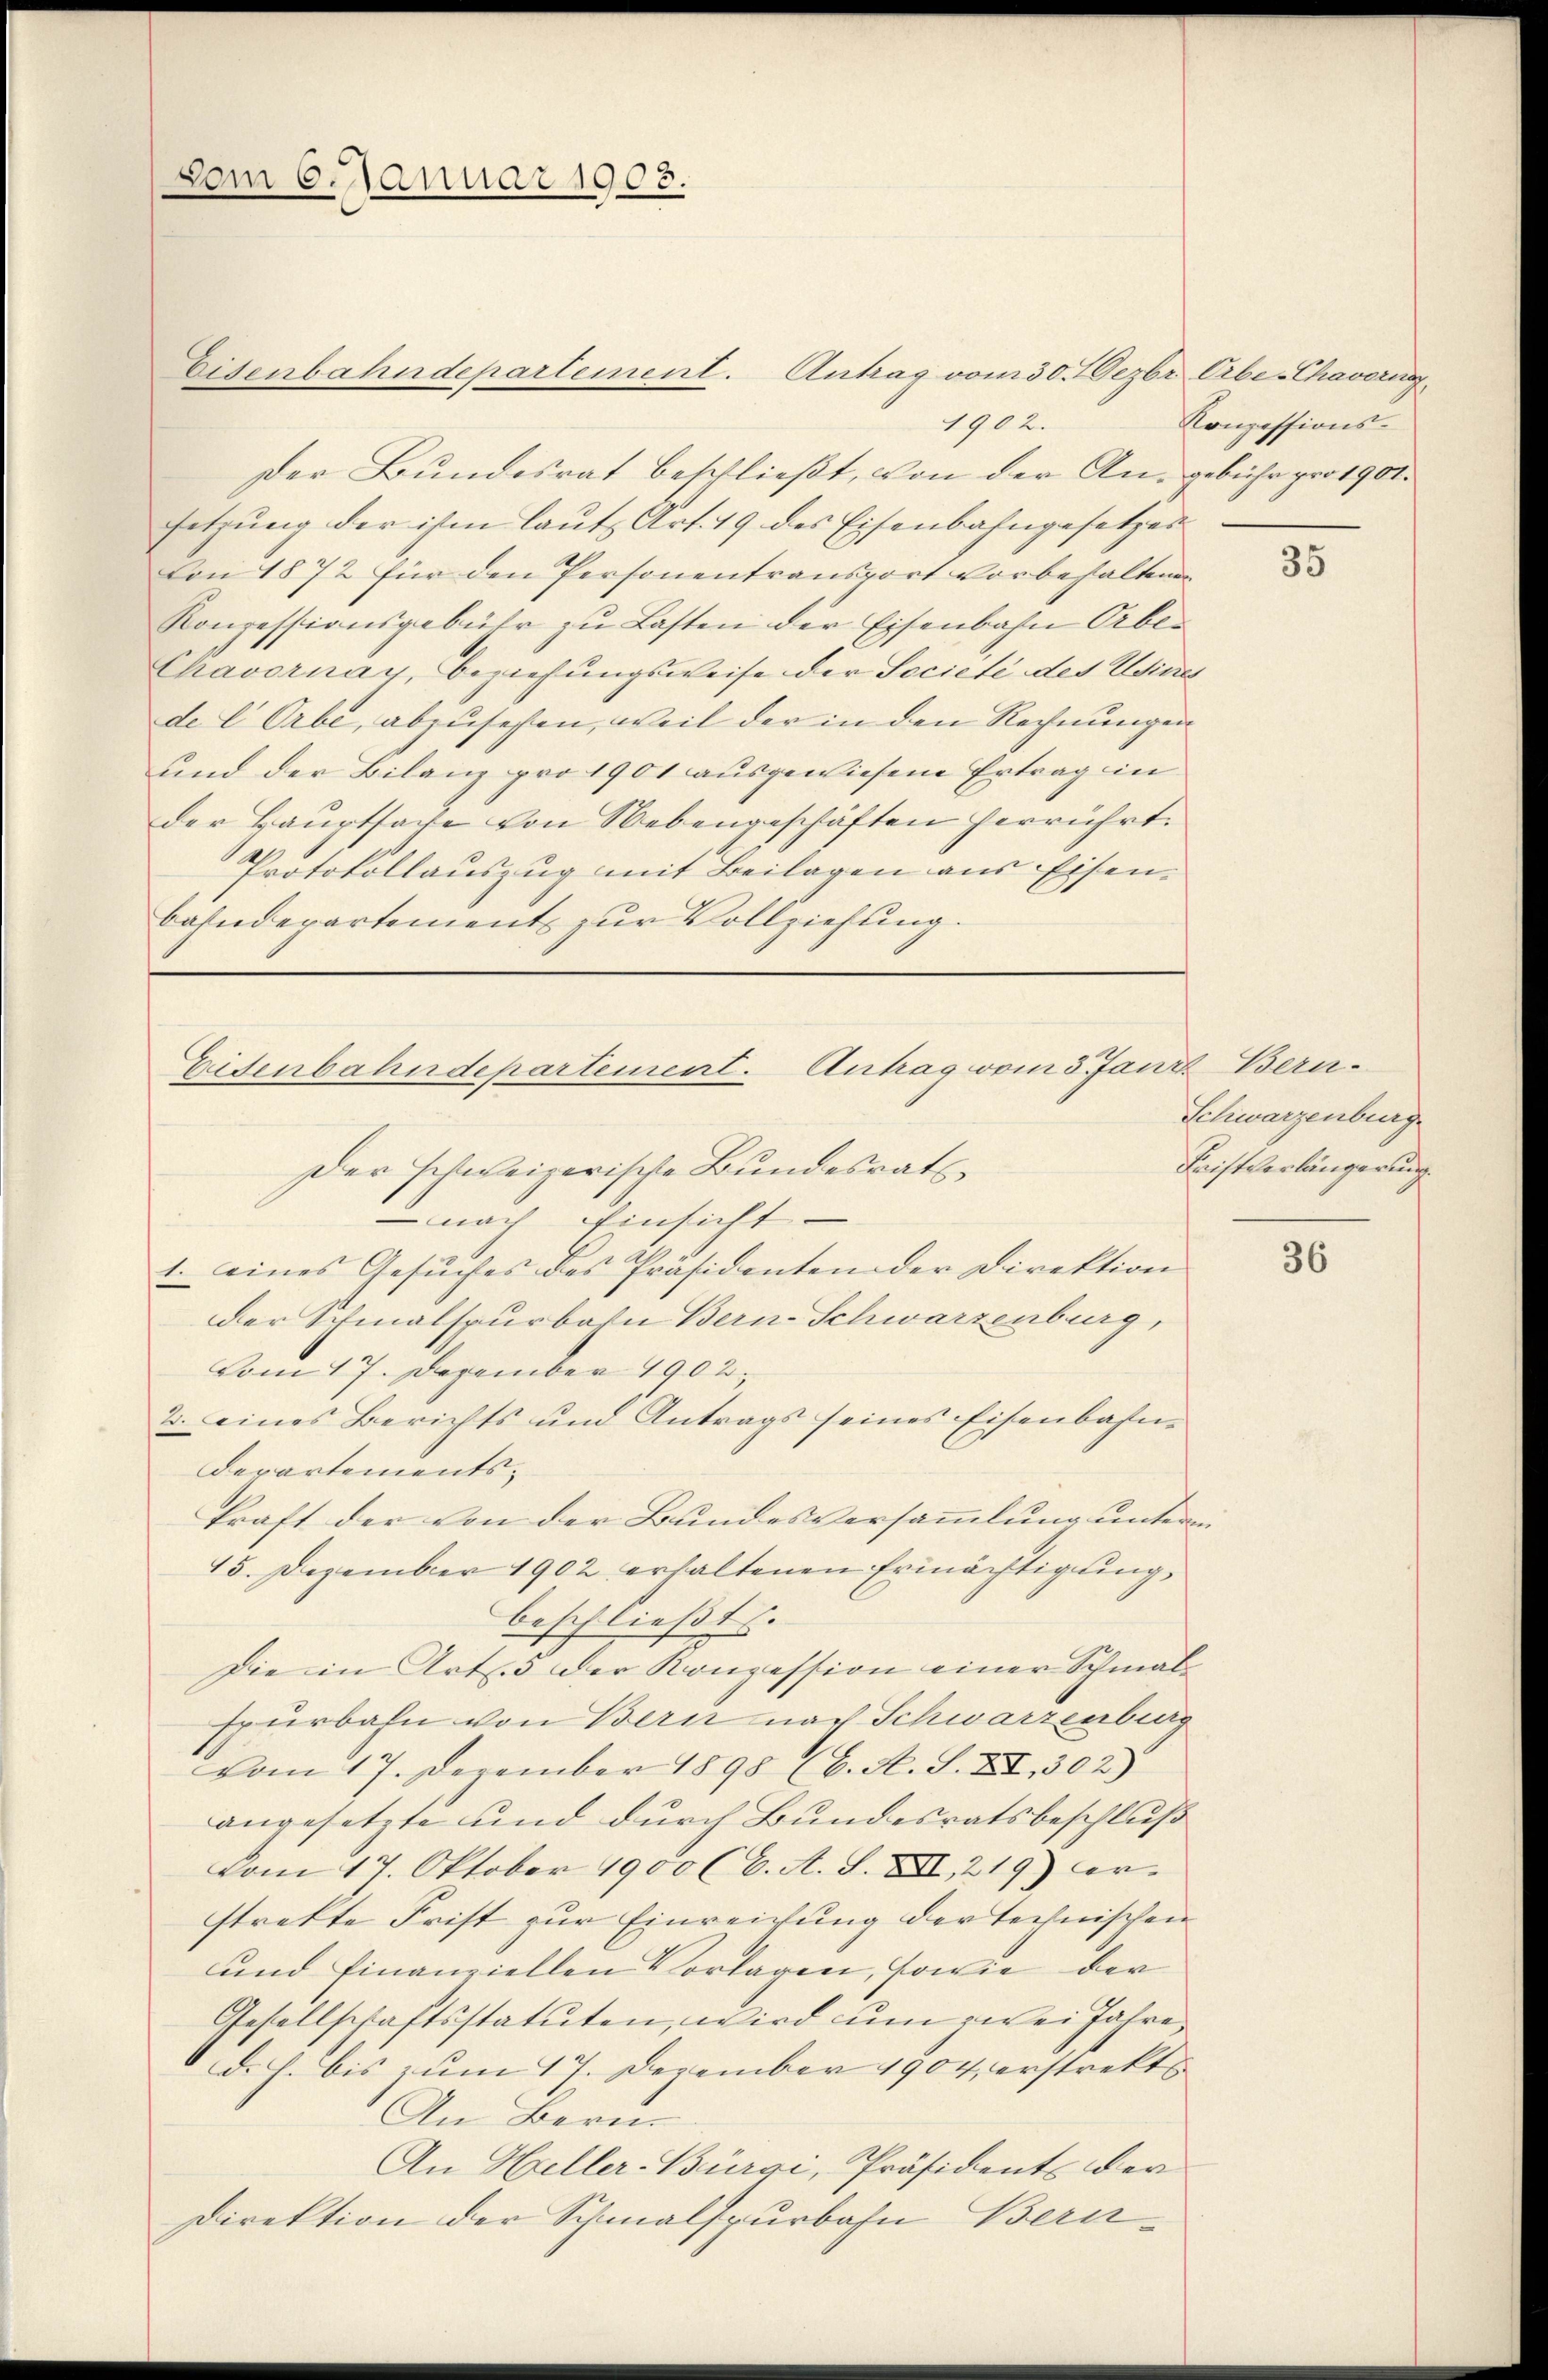
vom 6. Januar 1908.

Eisenbahndepartement. Antrag vom 30. Dezbr. Erbe Chavern
1902.
setzung der ihm laut Art. 19 des Eisenbahngesetzer
Con 1872 für den Personentransport vorbehaltenen
Konzessionsgebühr zu Lasten der Eisenbahn Ober
Chavornay, Beziehungsweise der Societé des Winter
de l Orbe, abzusehen, weil der in den Rechnungen
und der Bilanz pro 1901 ausgewiesene Ertrag in
der Hauptsage von Nebengeschäften herrührt.
Protokollauszug mit Beilagen aus Eisenbahndepartement zur Vollziehung.

Der Bundesrat beschließt, von der Angebühr pro 1901.

Eidenbahndepartement. Antrag vom 3. Jan
Der schweizerische Bundesrath,
nach Einsicht

1. eines Gesuches des Präsidenten der Direktion
der Schmalspurbahn Bern-Schwarzenburg,
Vom 17. Dezember 1902.
2. eines Berichts und Antrags seines Eisenbahn-
derartementskraft der von der Bundesversammlung unterm
15. Dezember 1902 erhaltenen Ermächtigung,
beschließt.
Die in Art. 3 der Konzession einer Schmalspürbahn von Bern nach Schwarzenburg
vom 17. Dezember 1898 (C. A. S. XIII, 302)
angesetzte und durch Bundesratsbeschluß
Vom 17. Oktober 1900 (C. A. S. XIII, 219) Fer-
strekte Frist zur Einreichung der technischen
und finanziellen Vorlagen, sowie der
Gesellschaftsstatuten, wird um zwei Jahre,
b: bis zum 17. Dezember 1904, erstrekt
An Bern
An Heller-Bürgi, Präsident der
Direktion der Schmalspurbahn Beru¬

Konzessions-

35

u. Bern.
Schwarzenburg
Fristverlängerung.

36